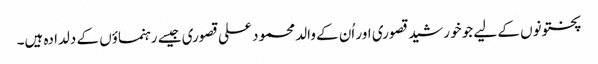
پختونوں کے لیے جو خورشید قصوری اور اُن کے والد محمود علی قصوری جیسے رہنماؤں کے دلدادہ ہیں۔